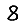
Digit: 8